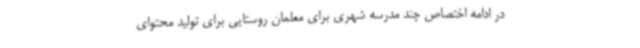
در ادامه اختصاص چند مدرسه شهری برای معلمان روستایی برای تولید محتوای